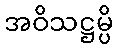
အဝိသဋ္ဌမ္ပိ